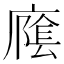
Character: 𱝍